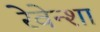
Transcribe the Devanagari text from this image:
रेवेन्शा